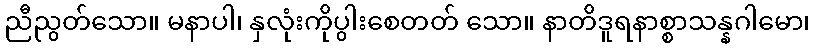
ညီညွတ်သော။ မနာပါ၊ နှလုံးကိုပွါးစေတတ် သော။ နာတိဒူရနာစ္စာသန္နဂါမော၊